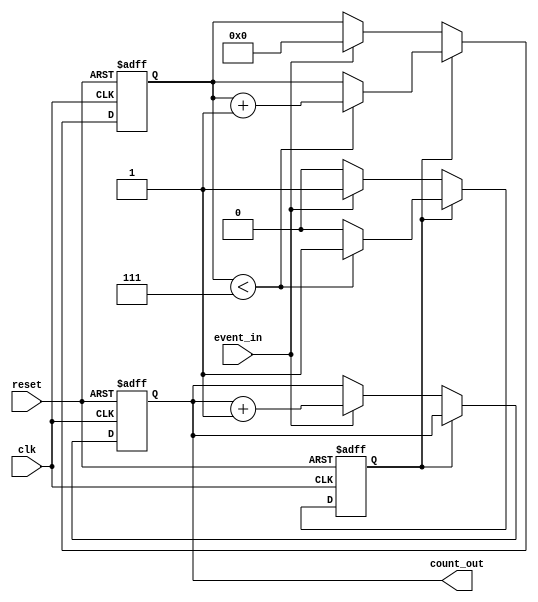
module windowed_counter #(
    parameter WINDOW_SIZE = 8  // Configurable window size
)(
    input wire clk,             // Clock signal
    input wire reset,           // Asynchronous reset signal
    input wire event_in,        // Event signal to count
    output reg [7:0] count_out  // Count output (8-bit wide)
);

    reg [3:0] window_timer;     // Timer for the window (4 bits to count up to 15)
    reg counting;               // Flag to indicate if counting is active

    // Asynchronous reset and counting logic
    always @(posedge clk or posedge reset) begin
        if (reset) begin
            count_out <= 8'b0;  // Reset count output to zero
            window_timer <= 4'b0; // Reset window timer
            counting <= 1'b0;     // Reset counting flag
        end else begin
            // Window timer management
            if (counting) begin
                if (window_timer < WINDOW_SIZE - 1) begin
                    window_timer <= window_timer + 1; // Increment window timer
                end else begin
                    counting <= 1'b0; // Stop counting when window size is reached
                end
            end else begin
                // Start counting when the first event occurs
                if (event_in) begin
                    count_out <= count_out + 1; // Increment count on event
                    counting <= 1'b1; // Start counting
                    window_timer <= 4'b0; // Reset window timer
                end
            end
        end
    end

endmodule